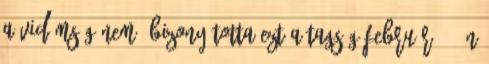
a vidámság nem. Bizonyította ezt a tagság február 23-án